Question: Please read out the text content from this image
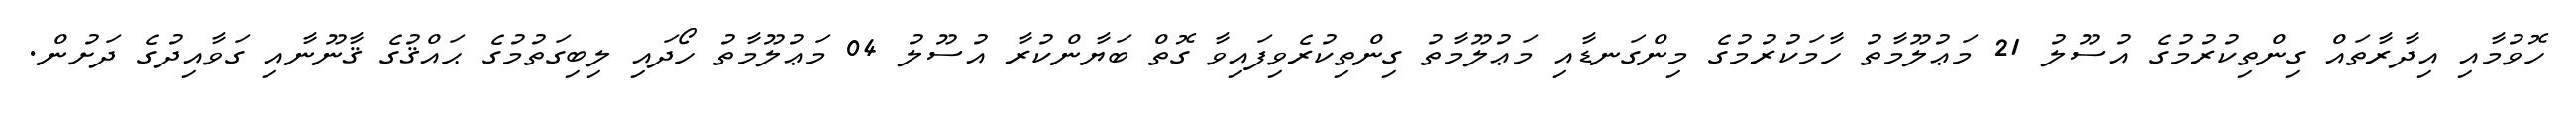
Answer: ހޮވުމާއި އިދާރާތައް ގިންތިކުރުމުގެ އުސޫލު 21 މަޢުލޫމާތު ހާމަކުރުމުގެ މިންގަނޑާއި މަޢުލޫމާތު ގިންތިކުރެވިފައިވާ ގޮތް ބަޔާންކުރާ އުސޫލު 04 މަޢުލޫމާތު ހޯދައި ލިބިގަތުމުގެ ޙައްޤުގެ ޤާނޫނާއި ގަވާއިދުގެ ދަށުން.